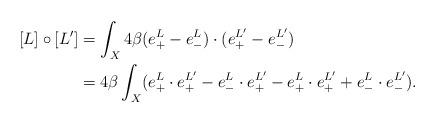
LaTeX: \begin{align*} \begin{aligned} [L] \circ [L'] & = \int_{X} 4 \beta (e^{L} _+ - e^{L} _-) \cdot (e^{L'} _+ - e^{L'} _-) \\ & = 4 \beta \int_{X} ( e^{L} _+ \cdot e^{L'} _+ - e^{L} _- \cdot e^{L'} _+ - e^{L} _+ \cdot e^{L'} _+ + e^{L} _- \cdot e^{L'} _- ) . \end{aligned} \end{align*}